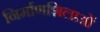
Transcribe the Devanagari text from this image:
निर्माणशिलाओं